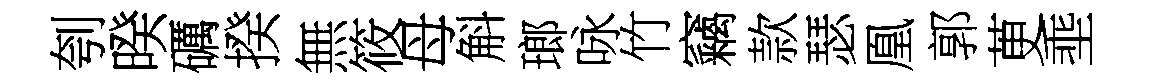
刳暌礪揆無筱母斛瑯咏竹竊款瑟凰郭茰埀